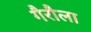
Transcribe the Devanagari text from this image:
गैरौला